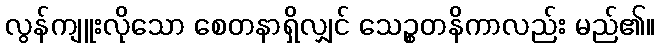
လွန်ကျူးလိုသော စေတနာရှိလျှင် သေဉ္စတနိကာလည်း မည်၏။